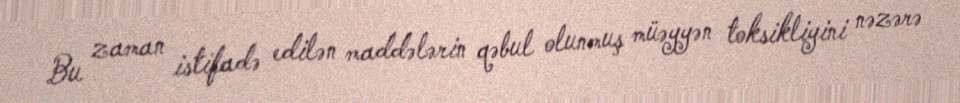
Bu zaman istifadə edilən maddələrin qəbul olunmuş müəyyən toksikliyini nəzərə